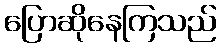
ပြောဆိုနေကြသည်